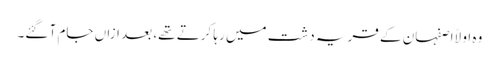
وہ اولاً اصفہان کے قریہ دشت میں رہا کرتے تھے، بعد ازاں جام آ گئے۔